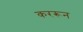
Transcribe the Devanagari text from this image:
कररून